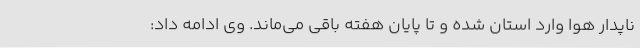
ناپدار هوا وارد استان شده و تا پایان هفته باقی می‌ماند. وی ادامه داد: